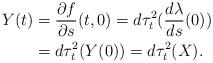
LaTeX: \begin{align*}Y(t)&=\frac{\partial f}{\partial s}(t, 0)=d\tau^2_t(\frac{d\lambda}{ds}(0))\\&=d\tau^2_t(Y(0))=d\tau^2_t(X).\end{align*}